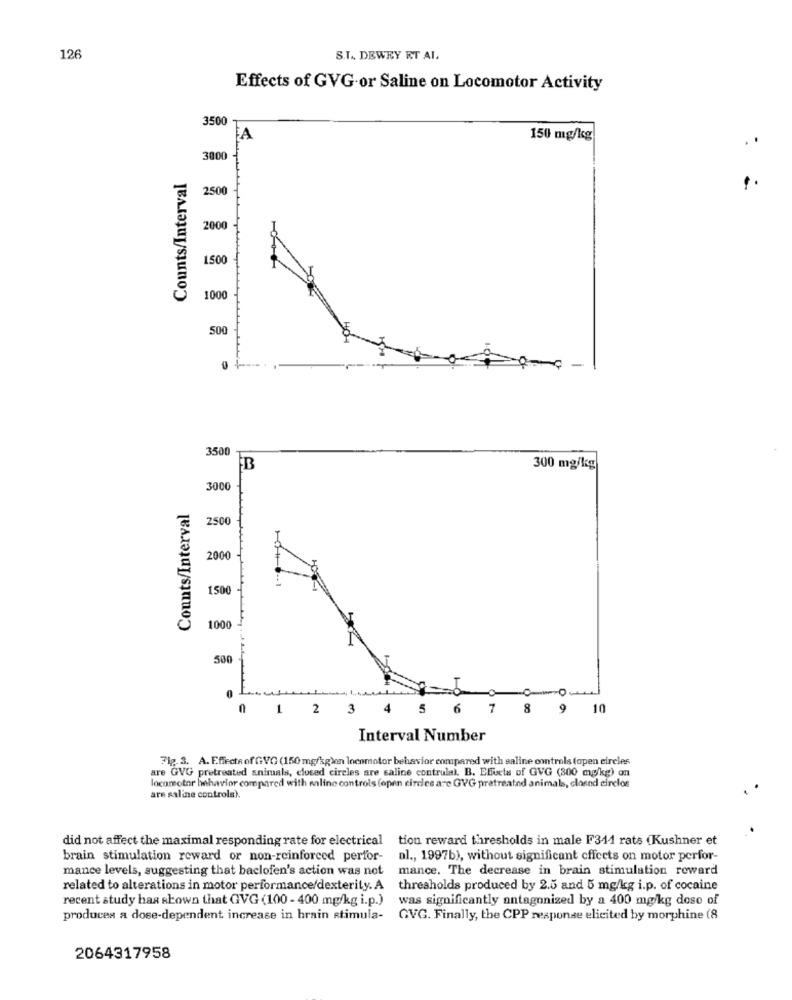
126
S.T. DEWEY ET AL.
Effects of GVG or Saline on Locomotor Activity
3500
A
150 mg/kg
3800
Counts/Interval
2500
2000
1500
1000
500
3500
B
300 mg/kg
3000
Counts/Interval
2500
2000
1500
1000
500
0
1 2 3 4 5 6 7 8 9 10
Interval Number
Fig. 3. A. Efects ofGVC (150 mg/kg)en locomotor behavior compared with saline controls topen circles
are GVG pretreated animals, closed circles are caline contrulal. B. Effects of GVG (300 mg/kg) on
locomotor behavior compared with saline controls (open cirdes are GVG pratreated animals, closed cirelos
are saline controla).
did not affect the maximal responding rate for electrical
tion reward thresholds in male F311 rats (Kushner et
brain stimulation reward or non-reinforced perfor-
al ., 1997b), without significant cffcets on motor perfor-
mance levels, suggesting that baclofen's action was not
mance. The decrease in brain stimulation reward
related to alterations in motor performance/dexterity. A
thresholds produced by 2.5 and 5 mg/kg i.p. of cocaine
recent study has shown that GVG (100 - 400 mg/kg i.p.)
was significantly antagonized by a 400 mg/kg dose of
produces a dose-dependent increase in brain stimula-
GVG. Finally, the CPP response elicited by morphine (8
2064317958